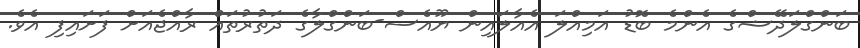
ބަންގްލަދޭޝްގެ އެންމެ ބޮޑު އަމިއްލަ އެއާލައިން ޔޫއެސް-ބަންގްލާގެ ދަތުރުތައް ރާއްޖެއަށް ފަށައިފި އެވެ.